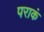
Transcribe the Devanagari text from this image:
पराकं